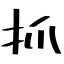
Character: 抓